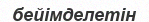
бейімделетін